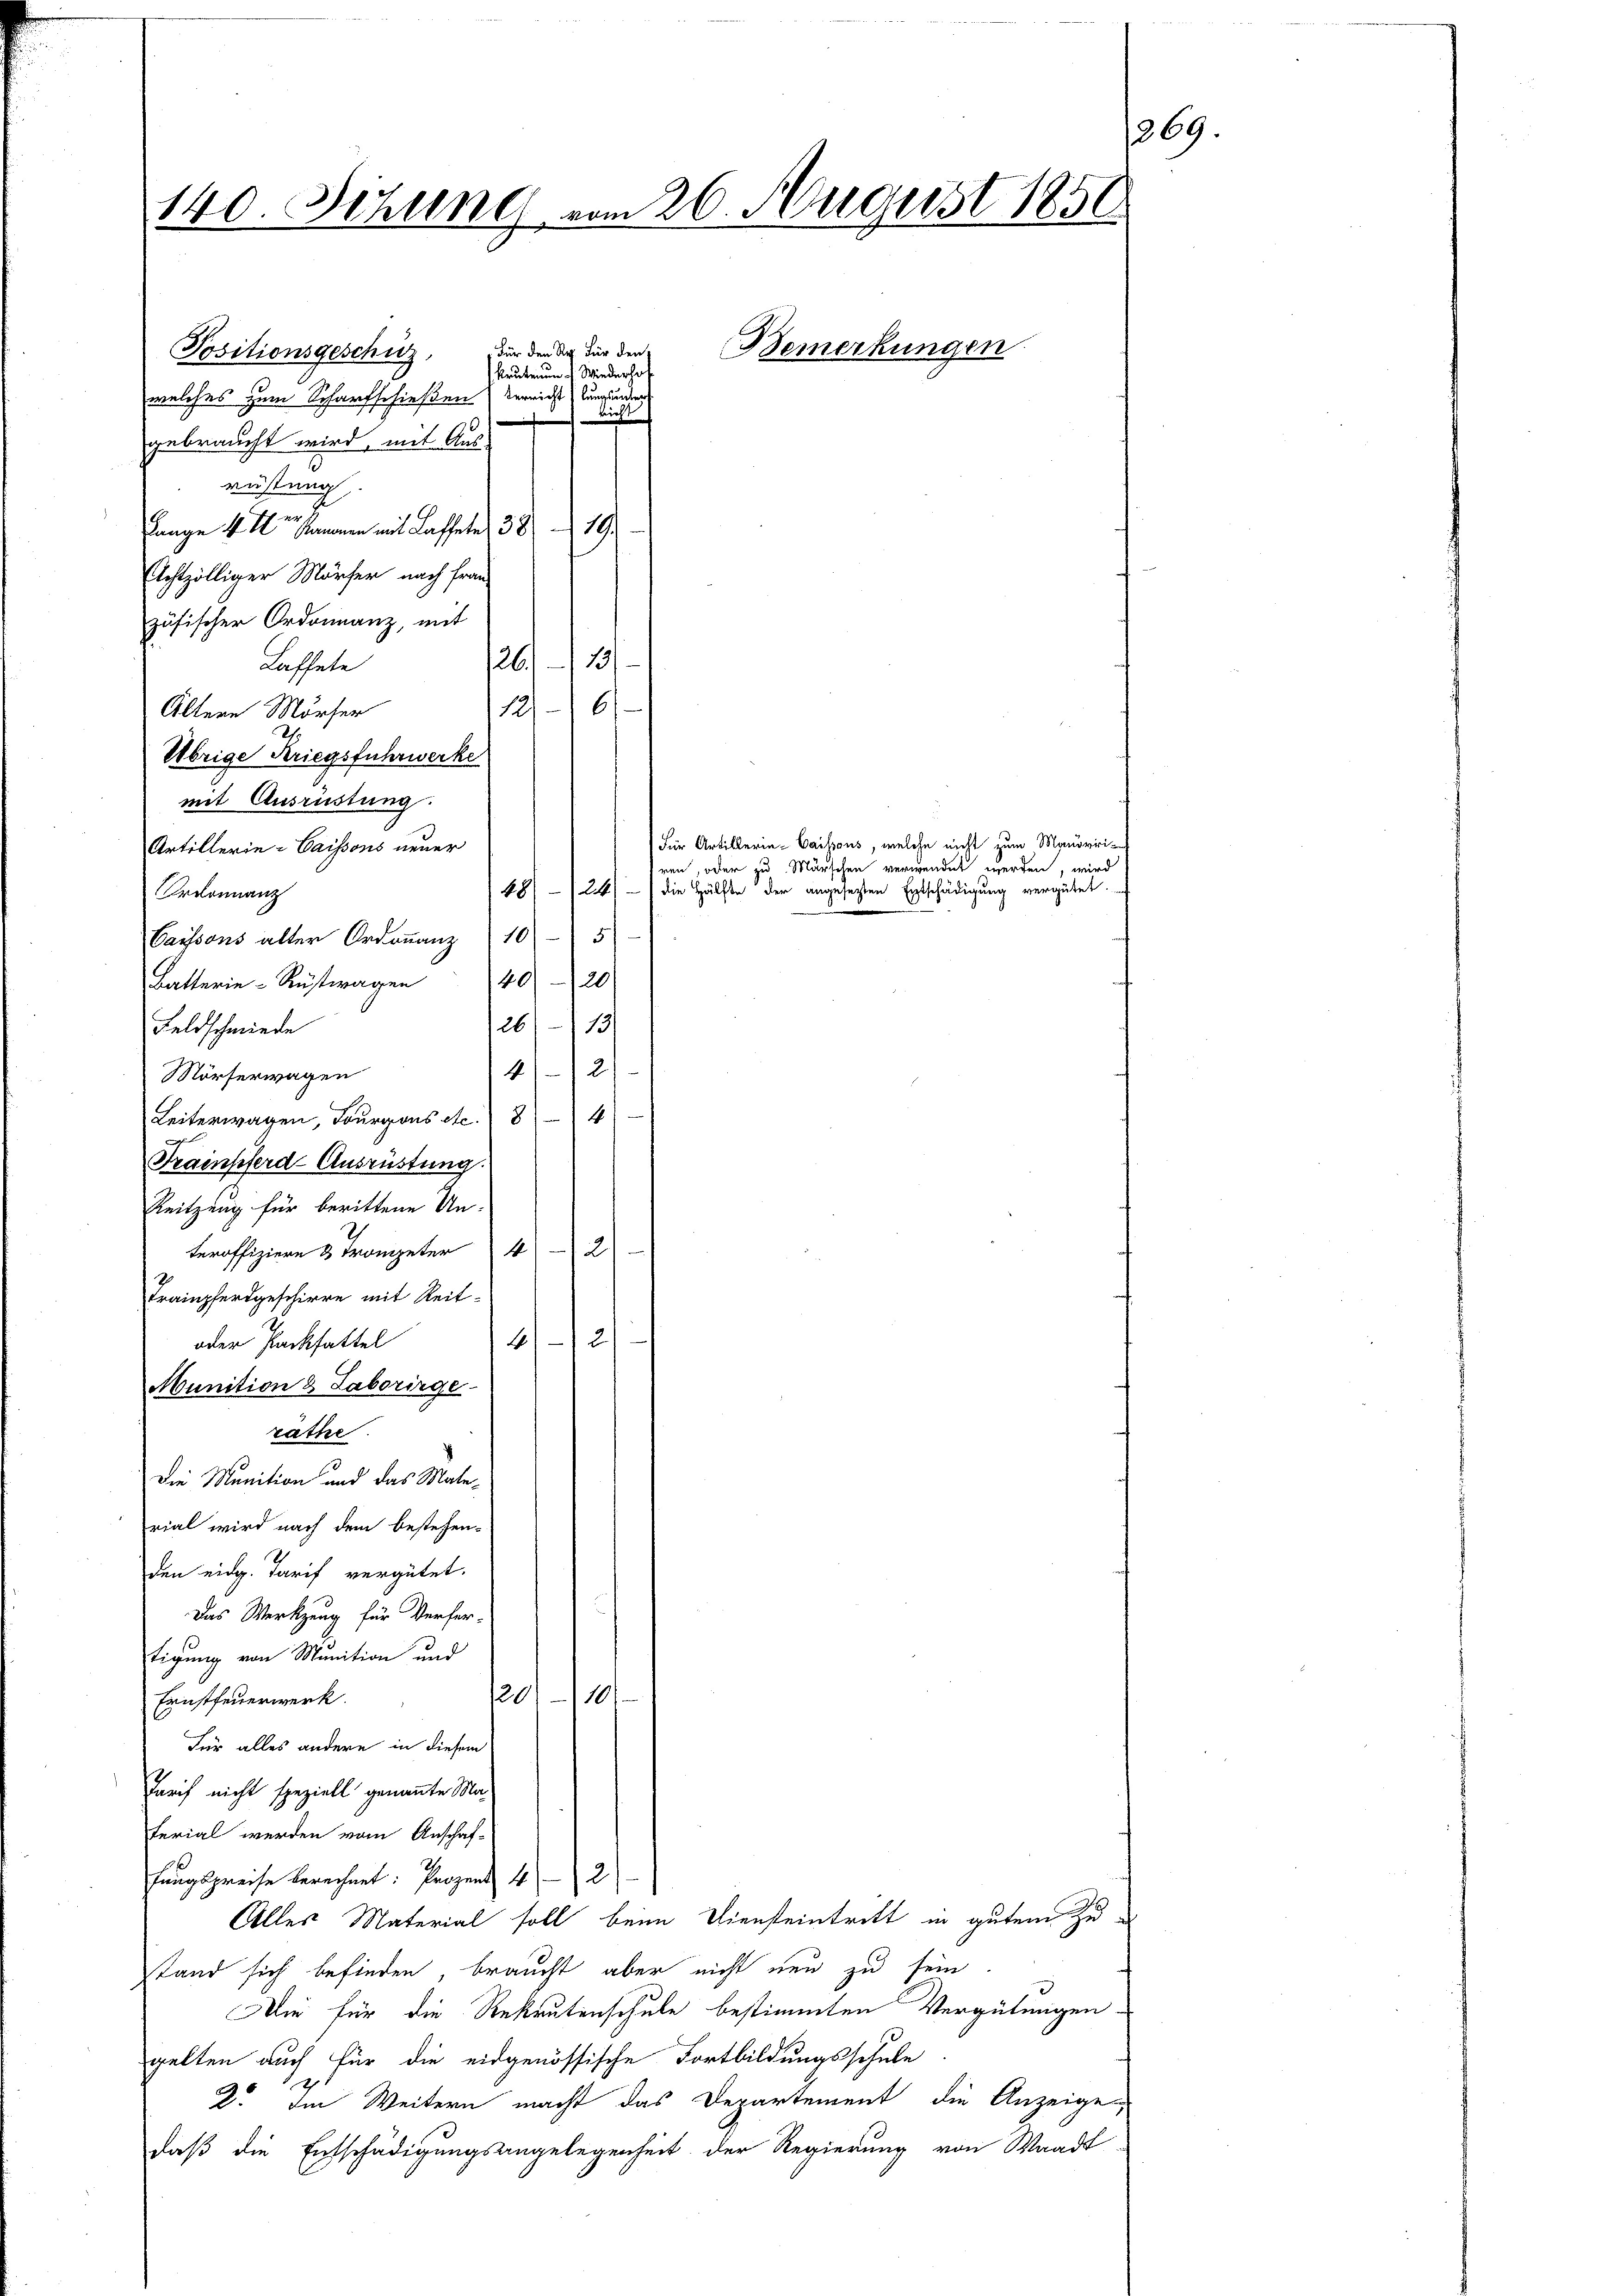
140. Sitzung vom 26. August 1851.

Positionsgeschütz,
gebraucht wird, mit Ausrüstung
Lange v. M. v. Hammen mit Kaffete 38. 19.
Achtzölliger Mörfer nach Frau
zösischer Ordonnanz, mit
13/
26.
Laffete
1210)
Ältern Mörser
Übrige Kriegsfuhrwerke
20//3
Feldschmiede
2
4
Mörferwagen
Leiterwagen, Bourgons etc. 84
Trainsoferd-Ausrüstung.
Reitzung für berittene Un-
a
teroffiziere 4 Trompeter 4
Trampferdgeschirre mit Reit¬
2
4
oder Packfattel
Munition & Laborirge
rathe
Die Munition und das Material wird nach dem bestehen-
den eidg. Tarif vergütet.
Das Werkzeug für Verfer-
tigung von Munition und
120
101
Ernstfeuerwerk.
Für alles andere in diesem
Tarif nicht speziell genannte Maferial werden vom Anschaf-
fungspreise berechnet: Prozent 42
Alles Material soll beim Diensteintritt in gutem Zustand sich befinden, braucht aber nicht neu zu sein
Die für die Rekrutenschule bestimmten Vergütungen-
gelten auch für die eidgenössische Fortbildungsschule
2. Im Weitern macht das Departement die Anzeige,
daß die Entschädigungsangelegenheit der Regierung von Waadt-

mit Ausrüstung.
Artillerie-Caissons neuer
Ordonnanz
Carssons alter Ordonanz 10 - 5
Batterie-Restwagen 40 20

Für den Reg. Für den
krutenen Wiederho
welches zum Scharfschießen Verricht (Kungunden
dres

Für Artillerie-Caissens, welche nicht zum Manorri-
ren, oder zu Märschen verwendet werden, wird
die Hälfte der angesetzten Entschädigung vergütet.
18/ – 124

Bemerkungen.

269.